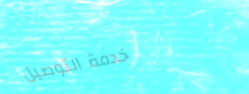
خدمة التوصيل